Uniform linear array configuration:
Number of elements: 64
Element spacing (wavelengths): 1
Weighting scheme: hamming
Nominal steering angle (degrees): -60
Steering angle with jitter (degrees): -60.291
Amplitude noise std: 0.05
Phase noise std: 0.05

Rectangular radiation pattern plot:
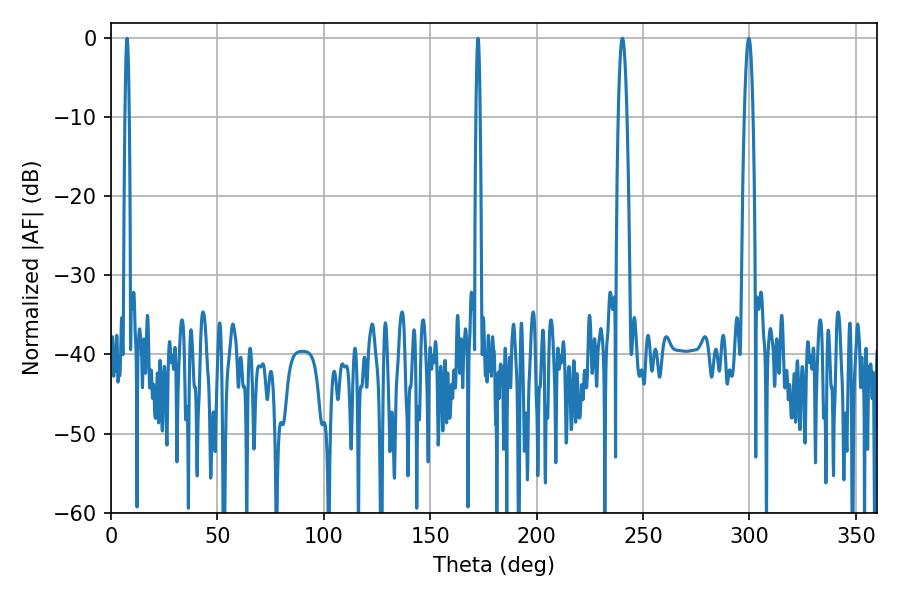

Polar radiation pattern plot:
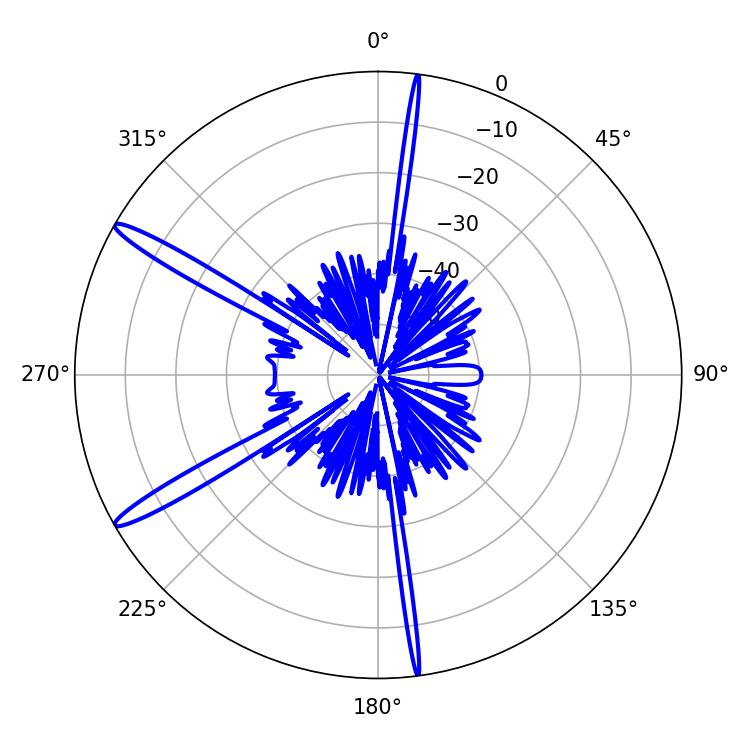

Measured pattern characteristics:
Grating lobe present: TRUE
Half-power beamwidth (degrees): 2.16
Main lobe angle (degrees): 240.3